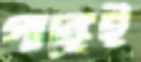
গাঙ্গেই